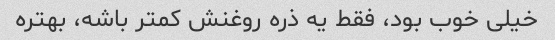
خیلی خوب بود، فقط یه ذره روغنش کمتر باشه، بهتره